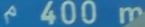
400m